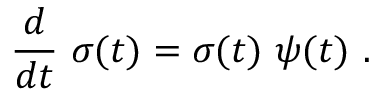
{ \frac { d } { d t } } \ \sigma ( t ) = \sigma ( t ) \ \psi ( t ) \ .